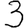
Digit: 3